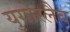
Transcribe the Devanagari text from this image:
युगोस्लैव